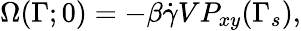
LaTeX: \Omega(\Gamma;0)=-\beta\dot{\gamma}VP_{xy}(\Gamma_{s}),